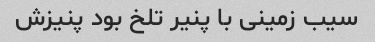
سیب زمینی با پنیر تلخ بود پنیزش